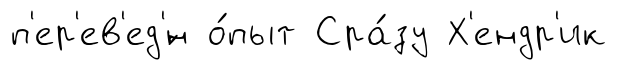
п'ер'ев'ед'́н о́пыт Сра́зу Х'ендр'ик